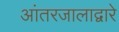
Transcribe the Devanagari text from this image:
आंतरजालाद्वारे